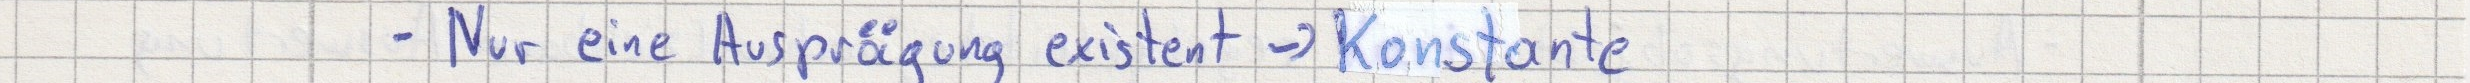
- Nur eine Ausprägung existent -> Konstante